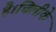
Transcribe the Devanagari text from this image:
है।चिलीके